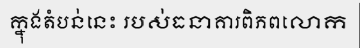
ក្នុងតំបន់នេះ របស់ធនាគារពិភពលោក